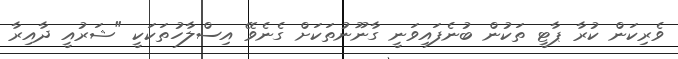
ވެރިކަން ކުރާ ޕާޓީ ތަކުން ބުނެފައިވަނީ ގާނޫނުތަކަށް ގެނެވޭ އިސްލާހުތަކަކީ "ޝަރުއީ ދާއިރާ